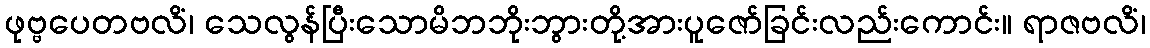
ဖုဗ္ဗပေတဗလိံ၊ သေလွန်ပြီးသောမိဘဘိုးဘွားတို့အားပူဇော်ခြင်းလည်းကောင်း။ ရာဇဗလိံ၊